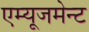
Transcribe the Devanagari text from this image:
एम्‍यूजमेन्‍ट